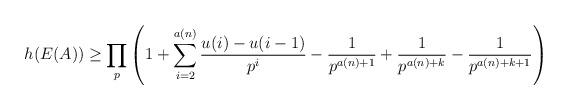
LaTeX: \begin{align*}h(E(A))\geq \prod_{p}\left(1+\sum_{i=2}^{a(n)}\frac{u(i)-u(i-1)}{p^i}-\frac{1}{p^{a(n)+1}}+\frac{1}{p^{a(n)+k}}-\frac{1}{p^{a(n)+k+1}}\right)\end{align*}